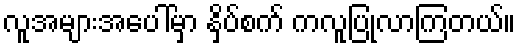
လူအများအပေါ်မှာ နှိပ်စက် ကလူပြုလာကြတယ်။